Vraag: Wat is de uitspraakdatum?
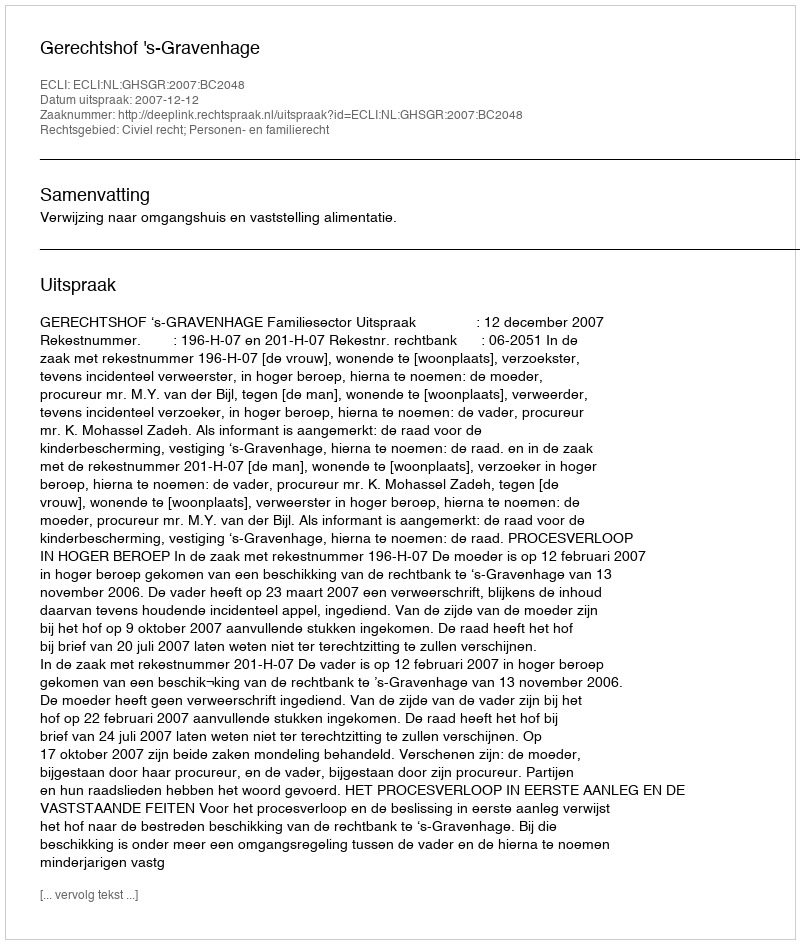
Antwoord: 2007-12-12